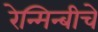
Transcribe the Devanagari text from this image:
रेन्मिन्बीचे